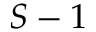
S - 1